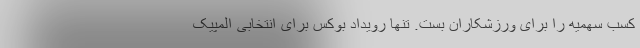
کسب سهمیه را برای ورزشکاران بست. تنها رویداد بوکس برای انتخابی المپیک